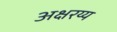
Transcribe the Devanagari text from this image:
अक्षरय्य